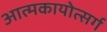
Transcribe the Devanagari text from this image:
आत्मकायोत्सर्ग